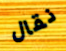
نقال